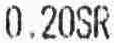
0.20SR